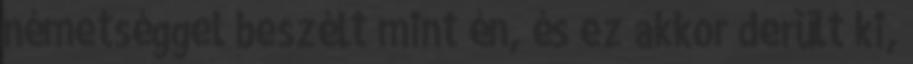
németséggel beszélt mint én, és ez akkor derült ki,